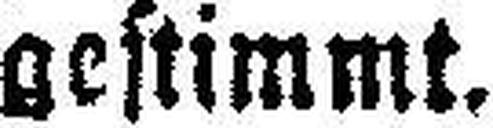
gestimmt.